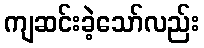
ကျဆင်းခဲ့သော်လည်း